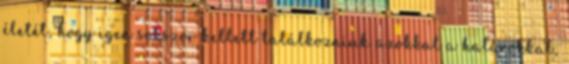
életét, hogy igen sokszor kellett találkozniuk azokkal a határokkal,